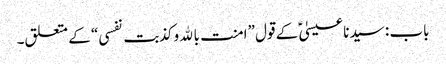
باب : سیدنا عیسیٰؑ کے قول ”امنت بالله وکذبت نفسی“ کے متعلق۔